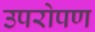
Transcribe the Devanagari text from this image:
उपरोपण